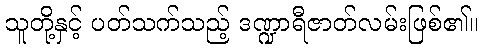
သူတို့နှင့် ပတ်သက်သည့် ဒဏ္ဍာရီဇာတ်လမ်းဖြစ်၏။